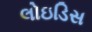
લોઇડિસ